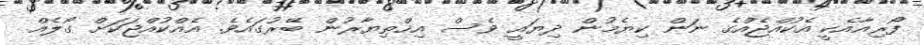
ފޯރިއާއެކީ އެކުއްޖެއްގެ ނަން ކިޔެމުން ދިޔައީ ވެސް އިޚްތިޔާރުން ބޭރުގައެވެ. އެއްކުއްޖަކަށް ގޯލެއް